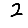
Digit: 2